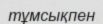
тұмсықпен